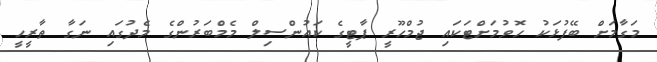
މަގާމަށް ބޭފުޅަކު ހޮވުމަށްޓަކައި ޖުމްހޫރީ ޕާޓީގެ ކައުންސިލް މެމްބަރުންގެ މެދުގައި ނަގާ ތާރީހީ